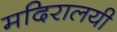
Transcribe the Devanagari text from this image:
मदिरालयी